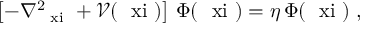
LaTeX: \left[ - \nabla _ { \mathrm { \boldmath ~ \scriptstyle { \ x i } ~ } } ^ { 2 } + { \mathcal V } ( \mathrm { \boldmath ~ \ x i ~ } ) \right] \, \Phi ( \mathrm { \boldmath ~ \ x i ~ } ) = \eta \, \Phi ( \mathrm { \boldmath ~ \ x i ~ } ) \; ,